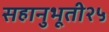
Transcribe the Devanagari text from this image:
सहानुभूती२५